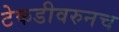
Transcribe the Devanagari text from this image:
टेकडीवरुनच